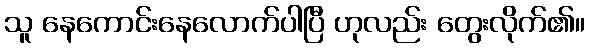
သူ နေကောင်းနေလောက်ပါပြီ ဟုလည်း တွေးလိုက်၏။